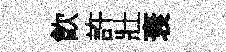
飮許壯衰